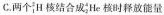
C.^{2}_{1}H核结合成^{4}_{2}He核时释放能量